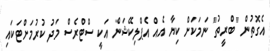
އެގޮތުން "ބްރީތު" ނަމަކަށް ކިޔާ އެއް އެޕްލިކޭޝަން އަކީ ސްޓްރެސް މަދު ކުރުމަށްޓަކައި